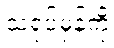
သရုပ်မှန်ကို